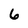
Character: 6